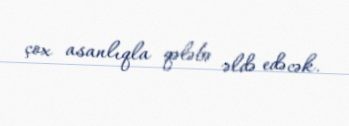
çox asanlıqla qələbə əldə edəcək.